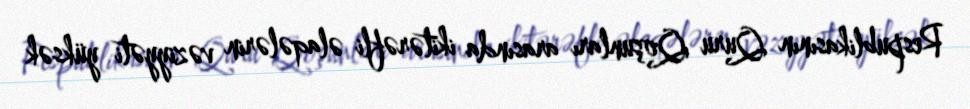
Respublikasının Quru Qoşunları arasında ikitərəfli əlaqələrin vəziyyəti yüksək